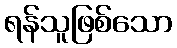
ရန်သူဖြစ်သော